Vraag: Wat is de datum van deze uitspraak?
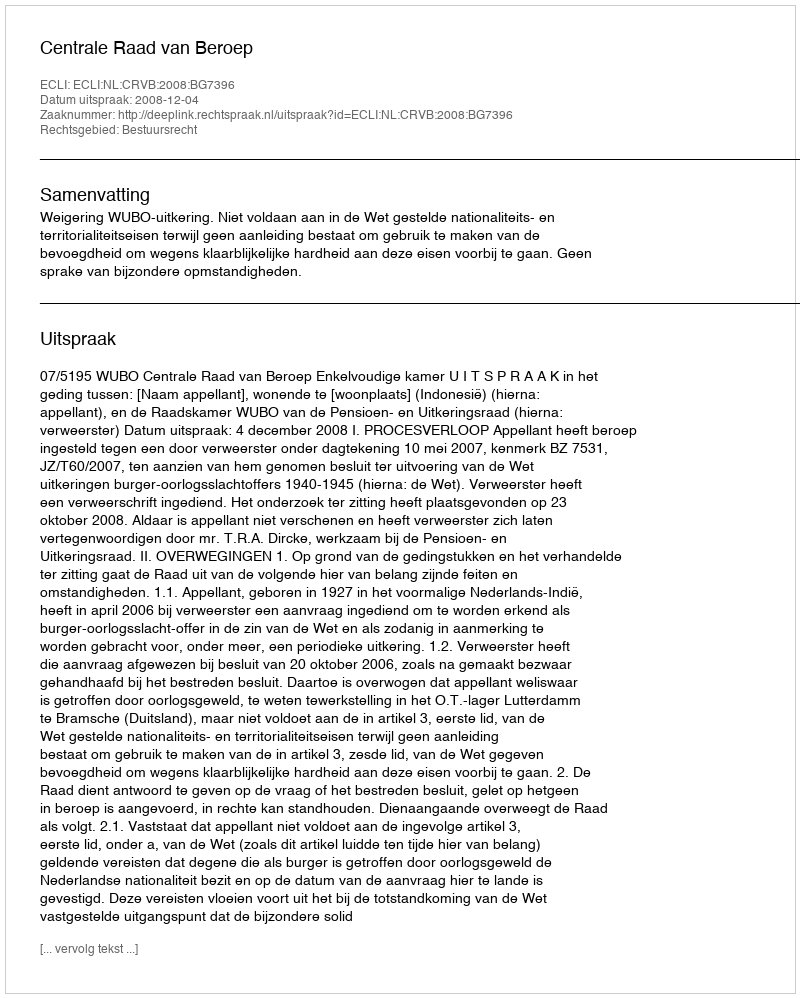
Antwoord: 2008-12-04